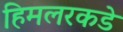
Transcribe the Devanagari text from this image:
हिमलरकडे